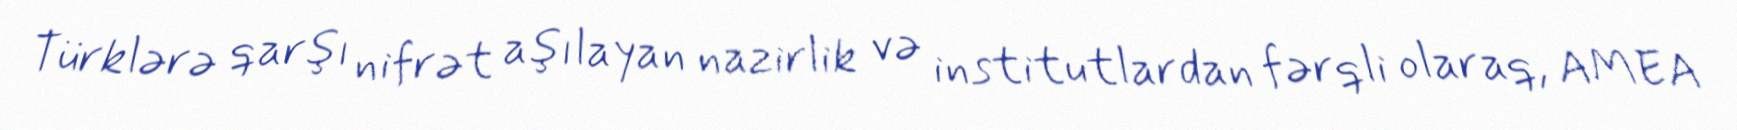
Türklərə qarşı nifrət aşılayan nazirlik və institutlardan fərqli olaraq, AMEA